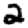
Digit: 2